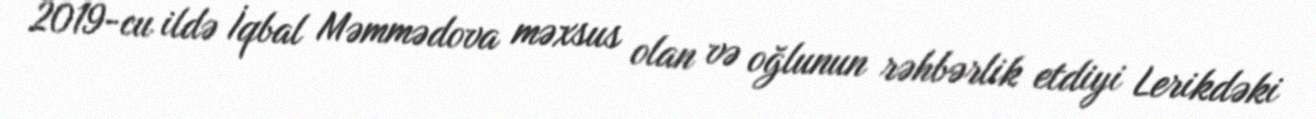
2019-cu ildə İqbal Məmmədova məxsus olan və oğlunun rəhbərlik etdiyi Lerikdəki